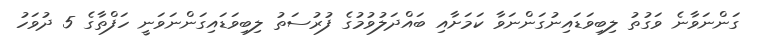
ގަންނަވާނެ ވަގުތު ލިބިވަޑައިނުގަންނަވާ ކަމަށާއި ބައްދަލުވުމުގެ ފުރުސަތު ލިބިވަޑައިގަންނަވަނީ ހަފްތާގެ 5 ދުވަހު